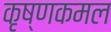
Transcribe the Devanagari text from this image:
कृष्णकमल